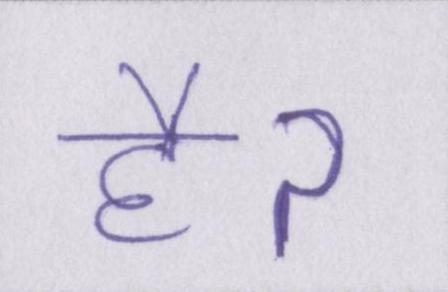
हैॽ